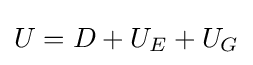
U=D+U_{E}+U_{G}